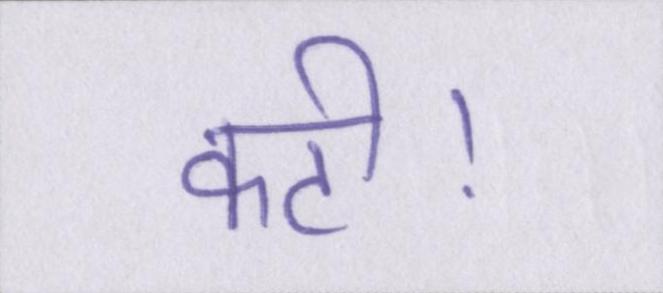
कटी।